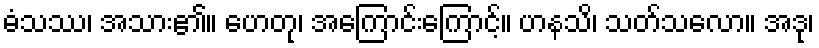
ဓံသဿ၊ အသား၏။ ဟေတု၊ အကြောင်းကြောင့်။ ဟနသိ၊ သတ်သလော။ အဒု၊